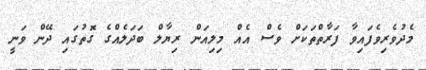
މެދުވެރިވެފައިވާ ފަރާތްތަކަށް ވެސް އެއް މިލިއަން ރިޔާލް ބަދަލެއްގެ ގޮތުގައި ދޭން ވަނީ